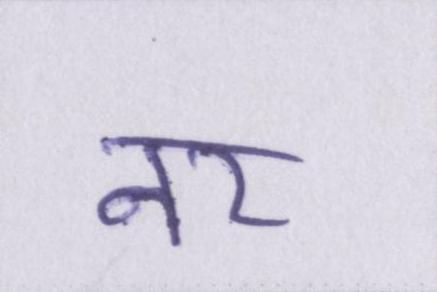
नर